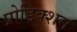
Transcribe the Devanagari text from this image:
प्रोडिक्शन